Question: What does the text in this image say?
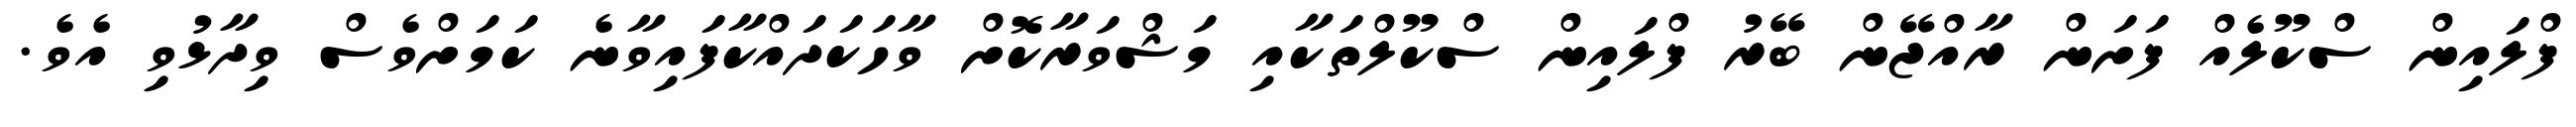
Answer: ފްލައިން ސްކޫލެއް ފަށަން ރާއްޖޭން ބޭރު ފްލައިން ސްކޫލްތަކާއި މަޝްވަރާކޮށް ވާހަކަދައްކާފައިވާނެ ކަމަށްވެސް ވިދާޅުވި އެވެ.